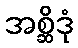
အစ္ဆိဒုံ